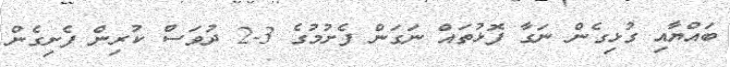
ބައްޔާއި ގުޅިގެން ނަގާ ފޮޅުތައް ނަގަން ފެށުމުގެ 3-2 ދުވަސް ކުރިން ފެށިގެން